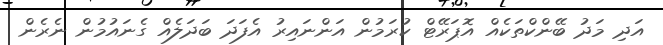
އަދި މަދު ބޭންކްތަކެއް އޮޕަރޭޓް ކުރަމުން އަންނައިރު އެފަދަ ބަދަލެއް ގެނައުމުން ނެރެން